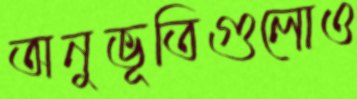
অনুভূতিগুলোও